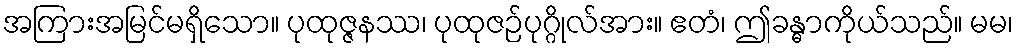
အကြားအမြင်မရှိသော။ ပုထုဇ္ဇနဿ၊ ပုထုဇဉ်ပုဂ္ဂိုလ်အား။ ဧတံ၊ ဤခန္ဓာကိုယ်သည်။ မမ၊